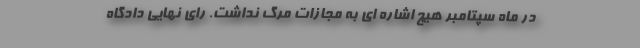
در ماه سپتامبر هیچ اشاره ای به مجازات مرگ نداشت. رای نهایی دادگاه